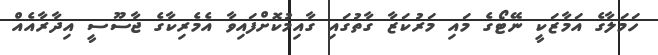
ހަމަލާގެ އަމާޒަކީ ނޭޓޯގެ މައި މަރުކަޒާ ގާތުގައި ގާއިމުކޮށްފައިވާ އެމެރިކާގެ ޖާސޫސީ އިދާރާއެއް